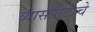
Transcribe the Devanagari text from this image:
व्यासपीठाचे